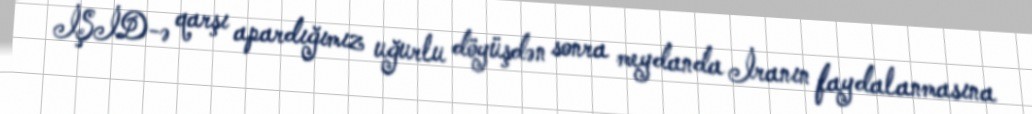
İŞİD-ə qarşı apardığımız uğurlu döyüşdən sonra meydanda İranın faydalanmasına